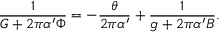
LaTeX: \frac { 1 } { G + 2 \pi { \alpha ^ { \prime } } \Phi } = - \frac { \theta } { 2 \pi { \alpha ^ { \prime } } } + \frac { 1 } { g + 2 \pi { \alpha ^ { \prime } } B } .